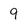
Character: 9